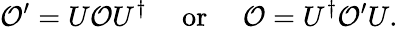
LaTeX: {\cal O}^{\prime}=U{\cal O}U^{\dagger}\ \ \ \ \ \mathrm{or}\ \ \ \ \ {\cal O}=U^{\dagger}{{\cal O}}^{\prime}U.